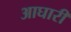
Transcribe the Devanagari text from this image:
आघारी